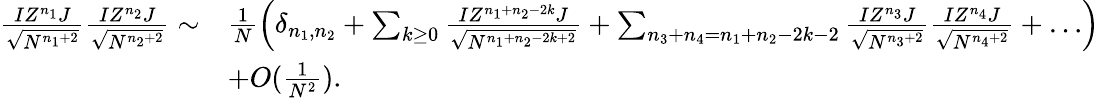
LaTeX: \begin{array}{rl}{\frac{IZ^{n_{1}}J}{\sqrt{N^{n_{1}+2}}}\frac{IZ^{n_{2}}J}{\sqrt{N^{n_{2}+2}}}\sim}&{\frac{1}{N}\left(\delta_{n_{1},n_{2}}+\sum_{k\geq 0}\frac{IZ^{n_{1}+n_{2}-2k}J}{\sqrt{N^{n_{1}+n_{2}-2k+2}}}+\sum_{n_{3}+n_{4}=n_{1}+n_{2}-2k-2}\frac{IZ^{n_{3}}J}{\sqrt{N^{n_{3}+2}}}\frac{IZ^{n_{4}}J}{\sqrt{N^{n_{4}+2}}}+\dots\right)}\\ &{+O(\frac{1}{N^{2}}).}\end{array}